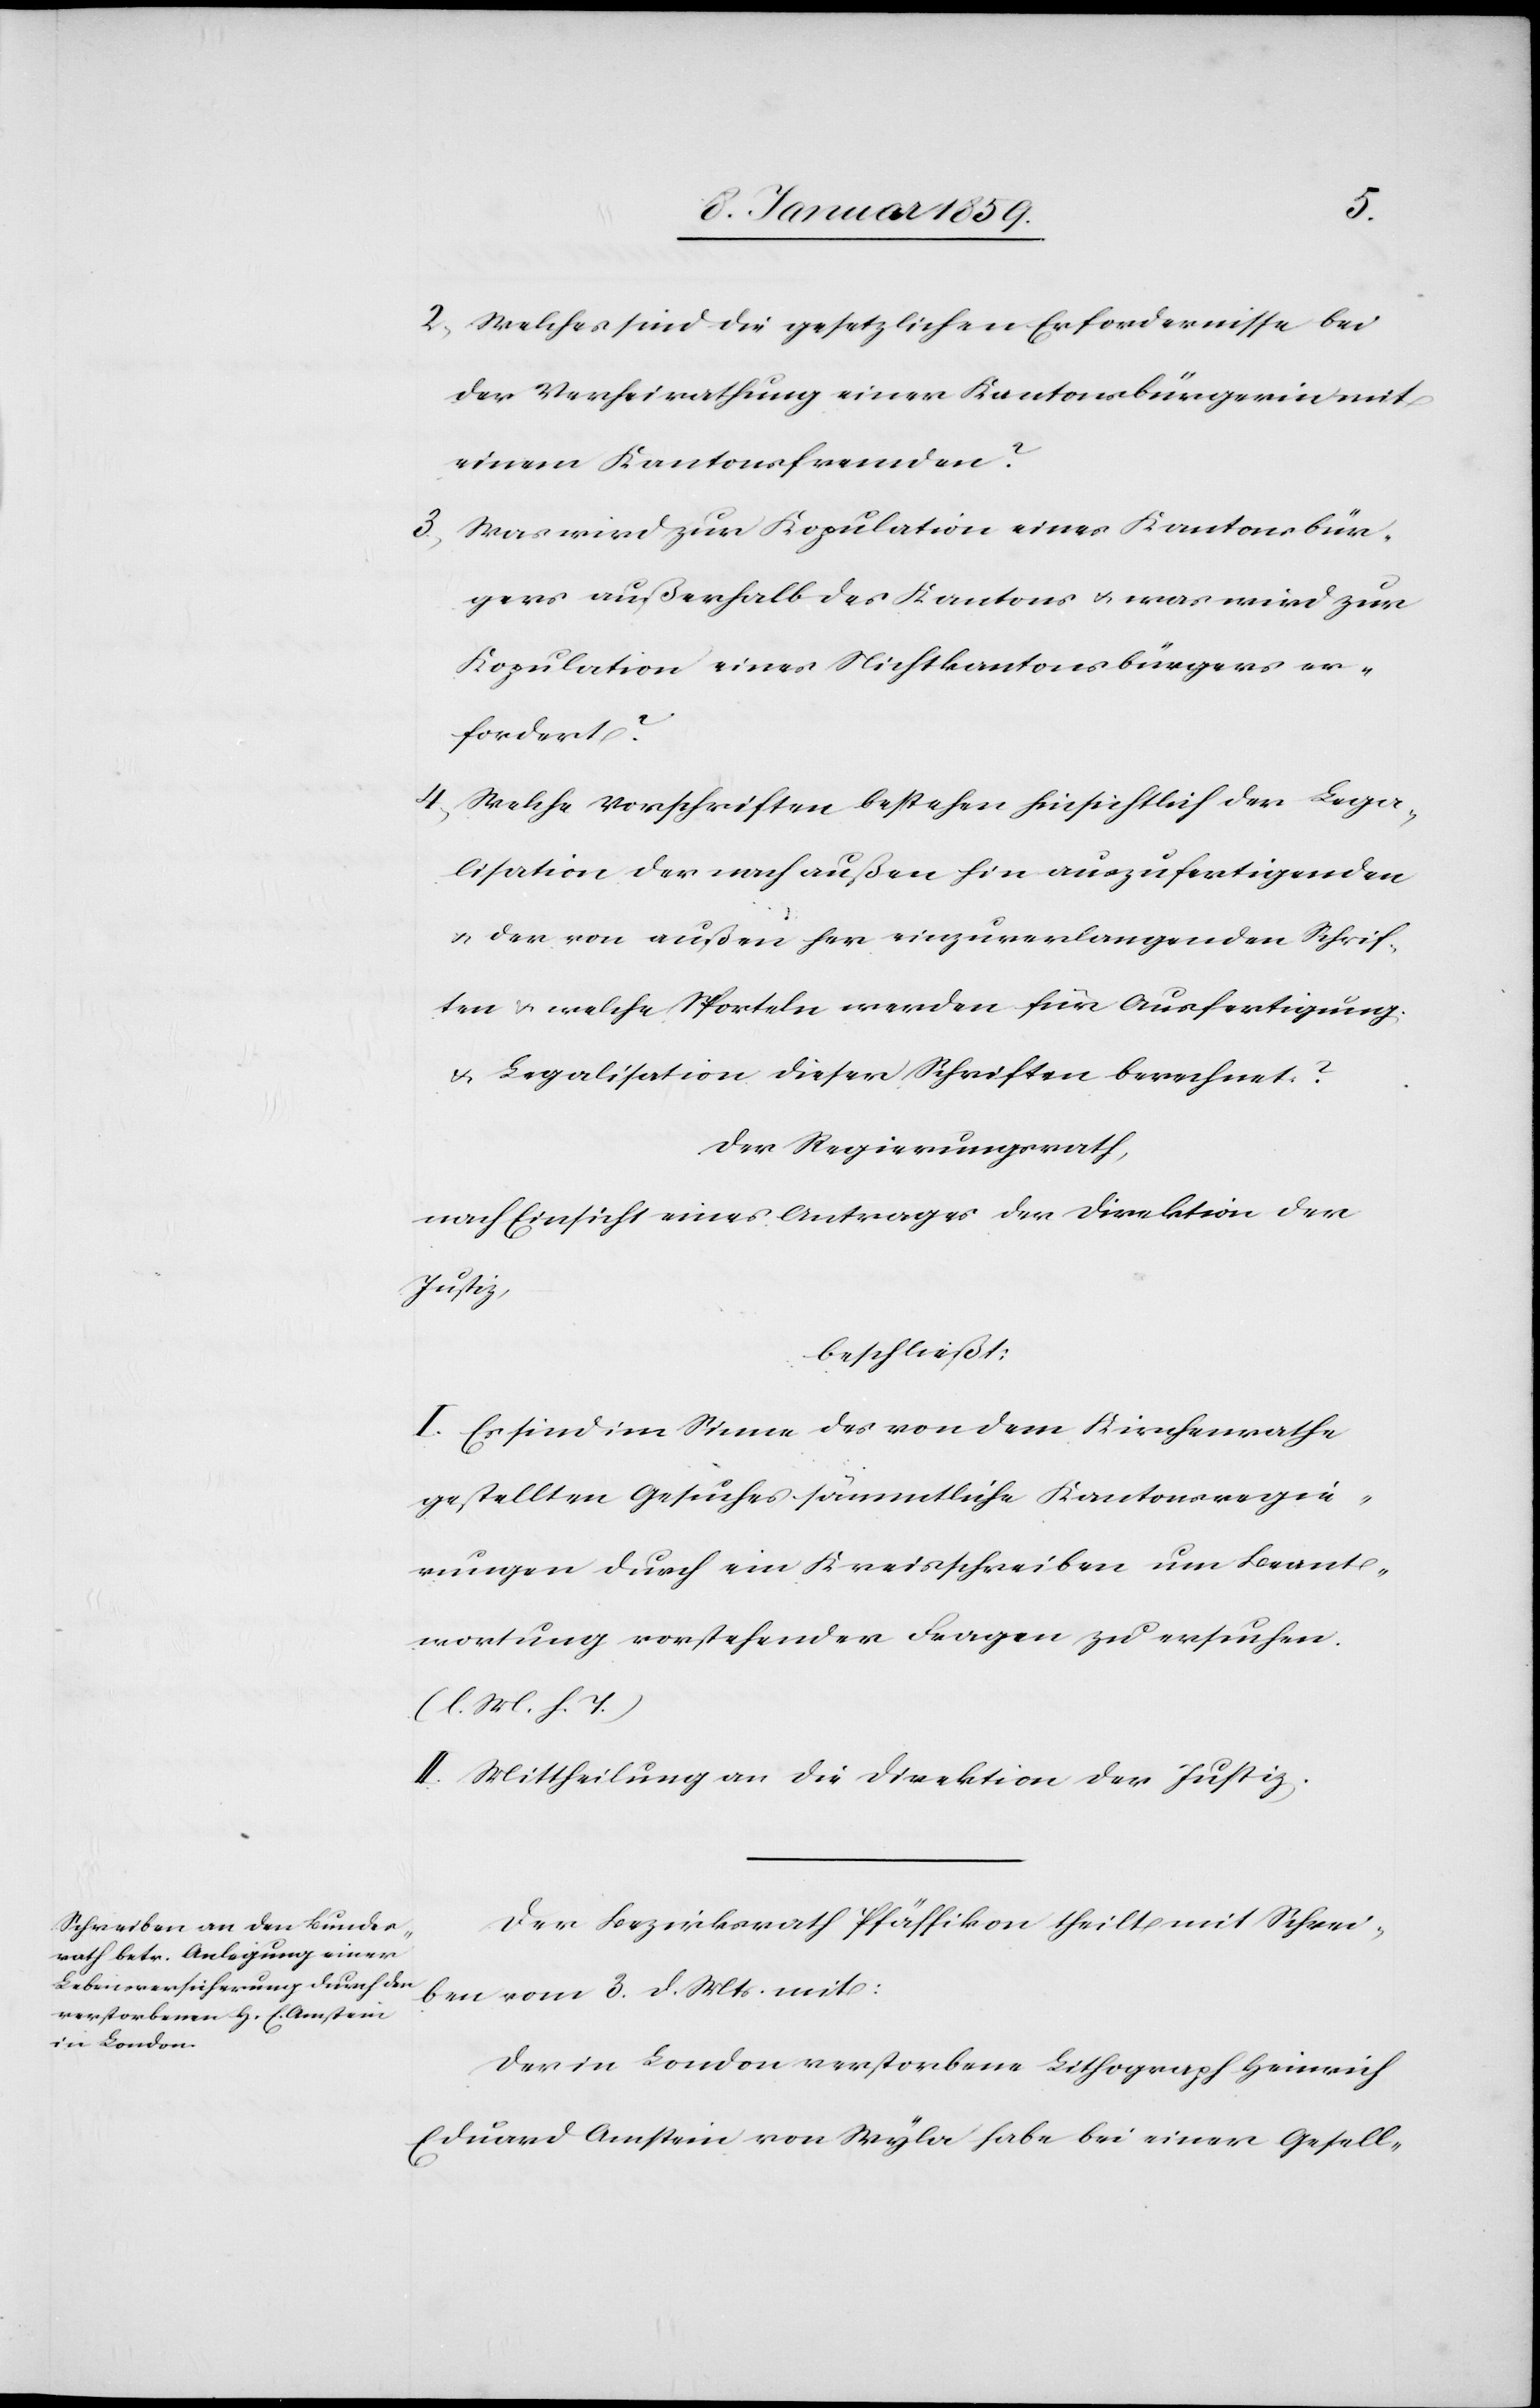
2. Welches sind die gesetzlichen Erfordernisse bei
der Verheiratung einer Kantonsbürgerin mit
einem Kantonsfremden?
3. Was wird zur Kopulation eines Kantonsbür¬
gers außerhalb des Kantons u. was wird zur
Kopulation eines Nichtkantonsbürgers er¬
fordert?
4. Welche Vorschriften bestehen hinsichtlich der Lega¬
lisation der nach außen hin auszufertigenden
u. der von außen her einzuverlangenden Schrif¬
ten u. welche Sporteln werden für Ausfertigung
u. Legalisation dieser Schriften berechnet?
Der Regierungsrath,
nach Einsicht eines Antrages der Direktion der
Justiz,
beschließt:
I. Es sind im Sinne des von dem Kirchenrathe
gestellen Gesuches sämmtliche Kantonsregie¬
rungen durch ein Kreisschreiben um Beant¬
wortung vorstehender Fragen zu ersuchen.
(l. M. h. T.)
II. Mittheilung an die Direktion der Justiz.
Der Bezirksrath Pfäffikon theilt mit Schrei¬
ben vom 3. d. Mts. mit:
Der in London verstorbene Lithograph Heinrich
Eduard Amstein von Wyla habe bei einer Gesell-